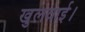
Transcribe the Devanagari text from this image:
खुलवाई।